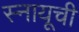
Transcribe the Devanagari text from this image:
स्नायूची